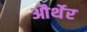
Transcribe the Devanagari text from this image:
और्थेर